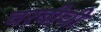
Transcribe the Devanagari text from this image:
चरबीची